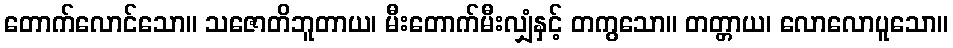
တောက်လောင်သော။ သဇောတိဘူတာယ၊ မီးတောက်မီးလျှံနှင့် တကွသော။ တတ္တာယ၊ လောလောပူသော။